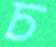
চ